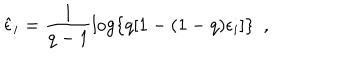
LaTeX: \hat { \epsilon } _ { i } = \frac { 1 } { q - 1 } \log \{ q [ 1 - ( 1 - q ) \epsilon _ { i } ] \} \ \ ,